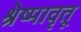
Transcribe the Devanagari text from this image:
श्रेष्मावृतू